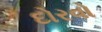
દોરવો